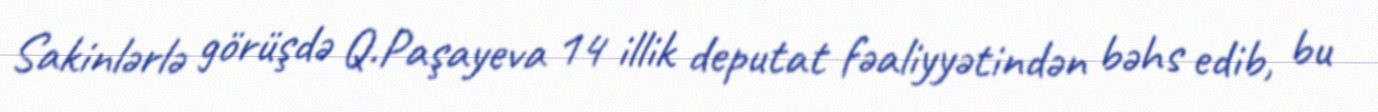
Sakinlərlə görüşdə Q.Paşayeva 14 illik deputat fəaliyyətindən bəhs edib, bu